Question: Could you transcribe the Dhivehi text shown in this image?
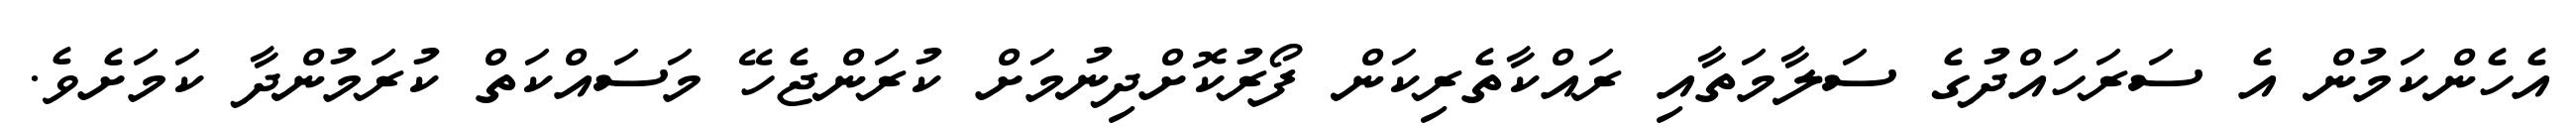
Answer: އެހެންކަމުން އެ ސަރަހައްދުގެ ސަލާމަތާއި ރައްކާތެރިކަން ފޯރުކޮށްދިނުމަށް ކުރަންޖެހޭ މަސައްކަތް ކުރަމުންދާ ކަމަށެވެ.